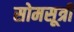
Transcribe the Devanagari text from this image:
सोमसूत्री